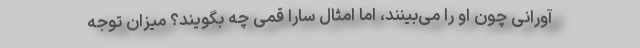
آورانی چون او را می‌بینند، اما امثال سارا قمی چه بگویند؟ میزان توجه